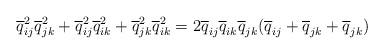
LaTeX: \begin{gather*}\overline{q}_{ij}^2 \overline{q}_{jk}^2+\overline{q}_{ij}^2\overline{q}_{ik}^2+\overline{q}_{jk}^2 \overline{q}_{ik}^2 = 2 \overline{q}_{ij} \overline{q}_{ik} \overline{q}_{jk}(\overline{q}_{ij} + \overline{q}_{jk}+\overline{q}_{jk})\end{gather*}